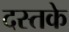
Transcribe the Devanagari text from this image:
दस्तके